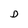
Character: D